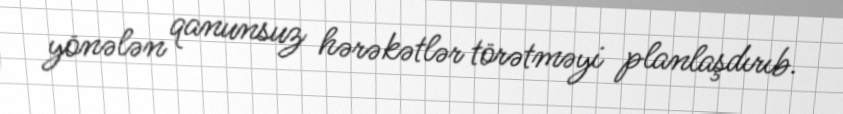
yönələn qanunsuz hərəkətlər törətməyi planlaşdırıb.